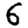
Digit: 6